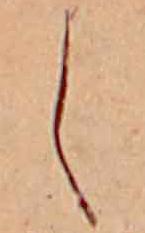
し